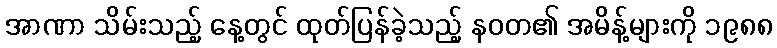
အာဏာ သိမ်းသည့် နေ့တွင် ထုတ်ပြန်ခဲ့သည့် နဝတ၏ အမိန့်များကို ၁၉၈၈